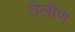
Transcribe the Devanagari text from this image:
तेलीण